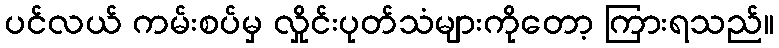
ပင်လယ် ကမ်းစပ်မှ လှိုင်းပုတ်သံများကိုတော့ ကြားရသည်။